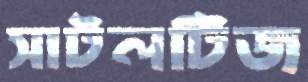
সাটলটিজ